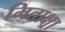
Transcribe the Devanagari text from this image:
मिताक्ष्रा